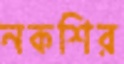
নকশির